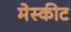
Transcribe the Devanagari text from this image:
मेस्कीट